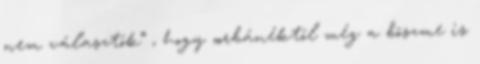
nem választók” , hogy „orbánéktól még a böszme is